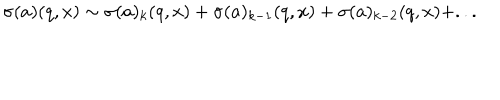
\sigma ( a ) ( q , x ) \sim \sigma ( a ) _ { k } ( q , x ) + \sigma ( a ) _ { k - 1 } ( q , x ) + \sigma ( a ) _ { k - 2 } ( q , x ) + . . .